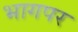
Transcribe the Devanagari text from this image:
भागपर